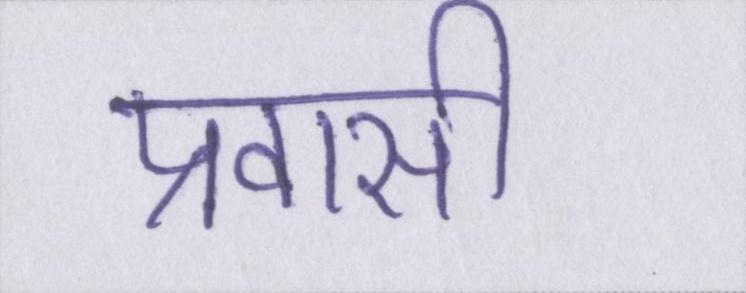
प्रवासी